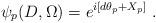
LaTeX: \begin{align*}\left. \psi_{p} (D,\Omega) = e^{i \left[ d \theta_{p} + X_{p} \right]} \ . \right.\end{align*}